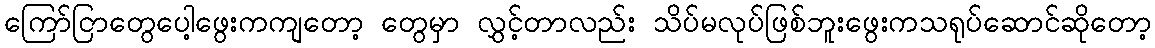
ကြော်ငြာတွေပေါ့ဖွေးကကျတော့ တွေမှာ လွှင့်တာလည်း သိပ်မလုပ်ဖြစ်ဘူးဖွေးကသရုပ်ဆောင်ဆိုတော့